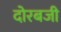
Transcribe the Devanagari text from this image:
दोरबजी